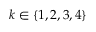
k \in \left\{ 1 , 2 , 3 , 4 \right\}